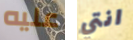
عليه انتي